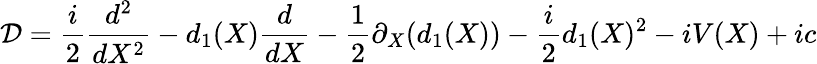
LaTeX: \mathcal{D}=\frac{{i}}{{2}}\frac{{d^{2}}}{{dX^{2}}}-d_{1}(X)\frac{{d}}{{dX}}-\frac{{1}}{{2}}\partial_{X}(d_{1}(X))-\frac{{i}}{{2}}d_{1}(X)^{2}-iV(X)+ic